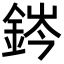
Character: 䤫